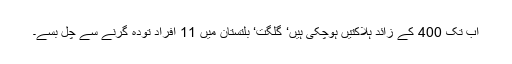
اب تک 400 کے زائد ہلاکتیں ہوچکی ہیں‘ گلگت‘ بلتستان میں 11 افراد تودہ گرنے سے چل بسے۔